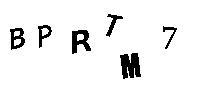
BPRTM7